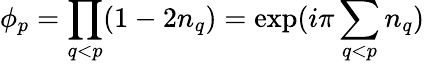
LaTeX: \phi_{p}=\prod_{q<p}(1-2n_{q})=\exp(i\pi\sum_{q<p}n_{q})